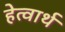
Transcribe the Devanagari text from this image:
हेत्वार्थ